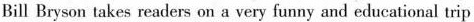
Bill Bryson takes readers on a very funny and educational trip